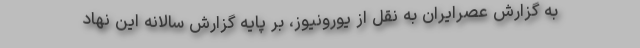
به گزارش عصرایران به نقل از یورونیوز، بر پایه گزارش سالانه این نهاد